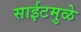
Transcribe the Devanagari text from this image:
साईटमुळे